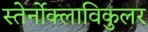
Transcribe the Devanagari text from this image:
स्तेर्नोक्लाविकुलर